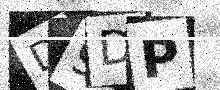
Text: D9DP